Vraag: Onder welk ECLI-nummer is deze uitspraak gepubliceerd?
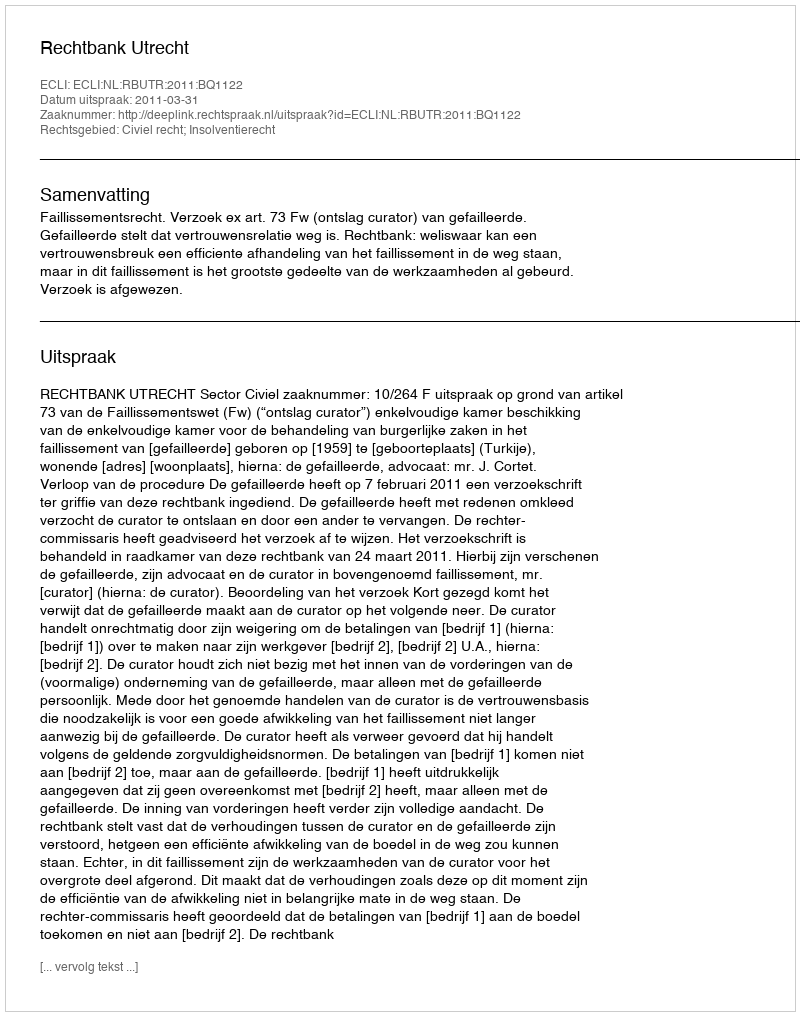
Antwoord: ECLI:NL:RBUTR:2011:BQ1122